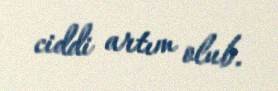
ciddi artım olub.